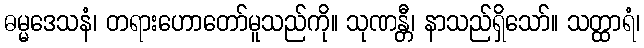
ဓမ္မဒေသနံ၊ တရားဟောတော်မူသည်ကို။ သုဏန္တီ၊ နာသည်ရှိသော်။ သတ္ထာရံ၊